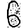
Digit: 6